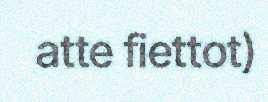
atte fiettot)